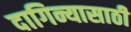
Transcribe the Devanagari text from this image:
दागिन्यासाठी